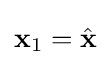
\mathbf {x} _{1}={\hat {\mathbf {x} }}